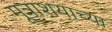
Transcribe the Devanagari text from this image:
मूत्राशयाच्या